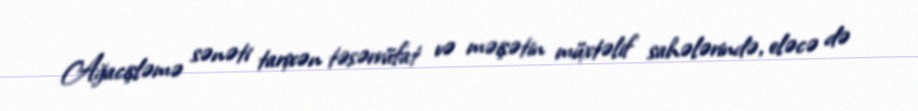
Ağacişləmə sənəti tarixən təsərrüfat və məişətin müxtəlif sahələrində, eləcə də